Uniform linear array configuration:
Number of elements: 48
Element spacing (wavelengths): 1
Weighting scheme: binomial
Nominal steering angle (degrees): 0
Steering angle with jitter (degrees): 0.8015
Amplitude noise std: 0.05
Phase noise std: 0.05

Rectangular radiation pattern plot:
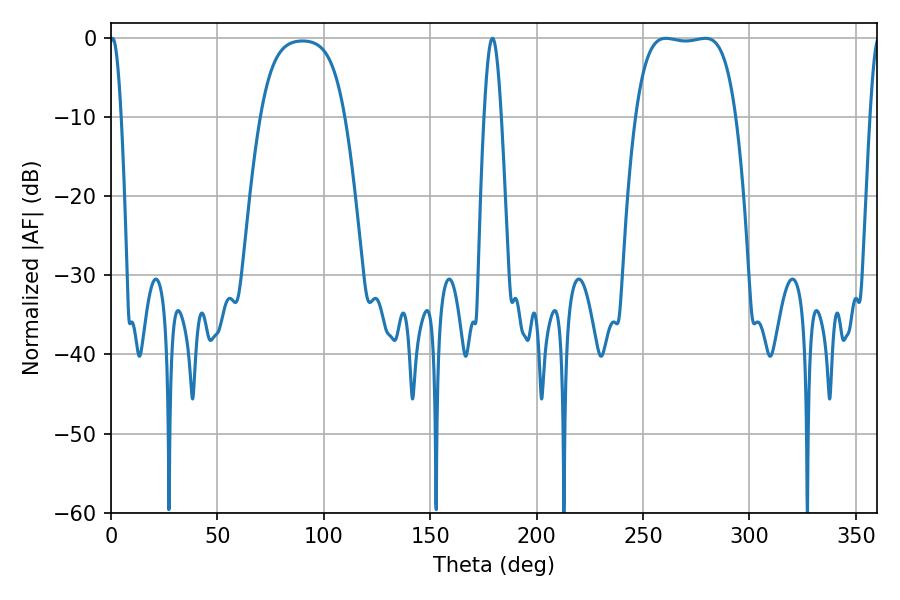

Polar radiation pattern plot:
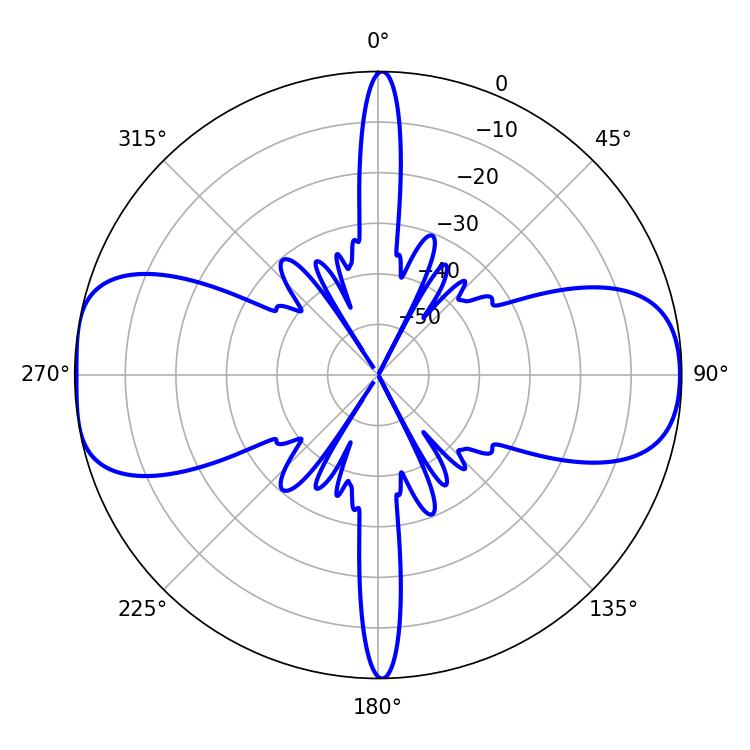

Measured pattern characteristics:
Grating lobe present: TRUE
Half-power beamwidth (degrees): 37.08
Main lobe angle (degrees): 260.64